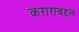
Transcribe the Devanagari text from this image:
कराराबद्दल